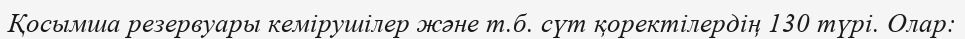
Қосымша резервуары кемірушілер және т.б. сүт қоректілердің 130 түрі. Олар: